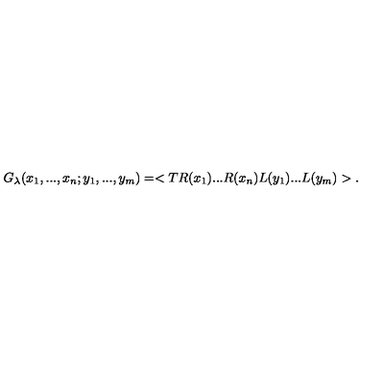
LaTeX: G _ { \lambda } ( x _ { 1 } , . . . , x _ { n } ; y _ { 1 } , . . . , y _ { m } ) = < T R ( x _ { 1 } ) . . . R ( x _ { n } ) L ( y _ { 1 } ) . . . L ( y _ { m } ) > .